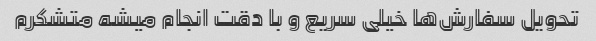
تحویل سفارش‌ها خیلی سریع و با دقت انجام میشه متشکرم